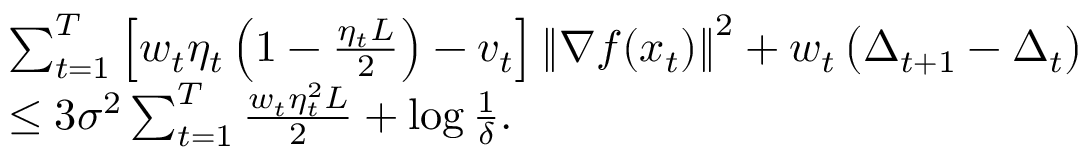
\begin{array} { r l } & { \sum _ { t = 1 } ^ { T } \left[ w _ { t } \eta _ { t } \left( 1 - \frac { \eta _ { t } L } { 2 } \right) - v _ { t } \right] \left\Vert \nabla f ( x _ { t } ) \right\Vert ^ { 2 } + w _ { t } \left( \Delta _ { t + 1 } - \Delta _ { t } \right) } \\ & { \leq 3 \sigma ^ { 2 } \sum _ { t = 1 } ^ { T } \frac { w _ { t } \eta _ { t } ^ { 2 } L } { 2 } + \log \frac { 1 } { \delta } . } \end{array}